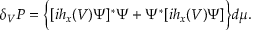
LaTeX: \delta _ { V } { \cal P } = \Big \{ [ i h _ { x } ( V ) \Psi ] ^ { * } \Psi + \Psi ^ { * } [ i h _ { x } ( V ) \Psi ] \Big \} d \mu .